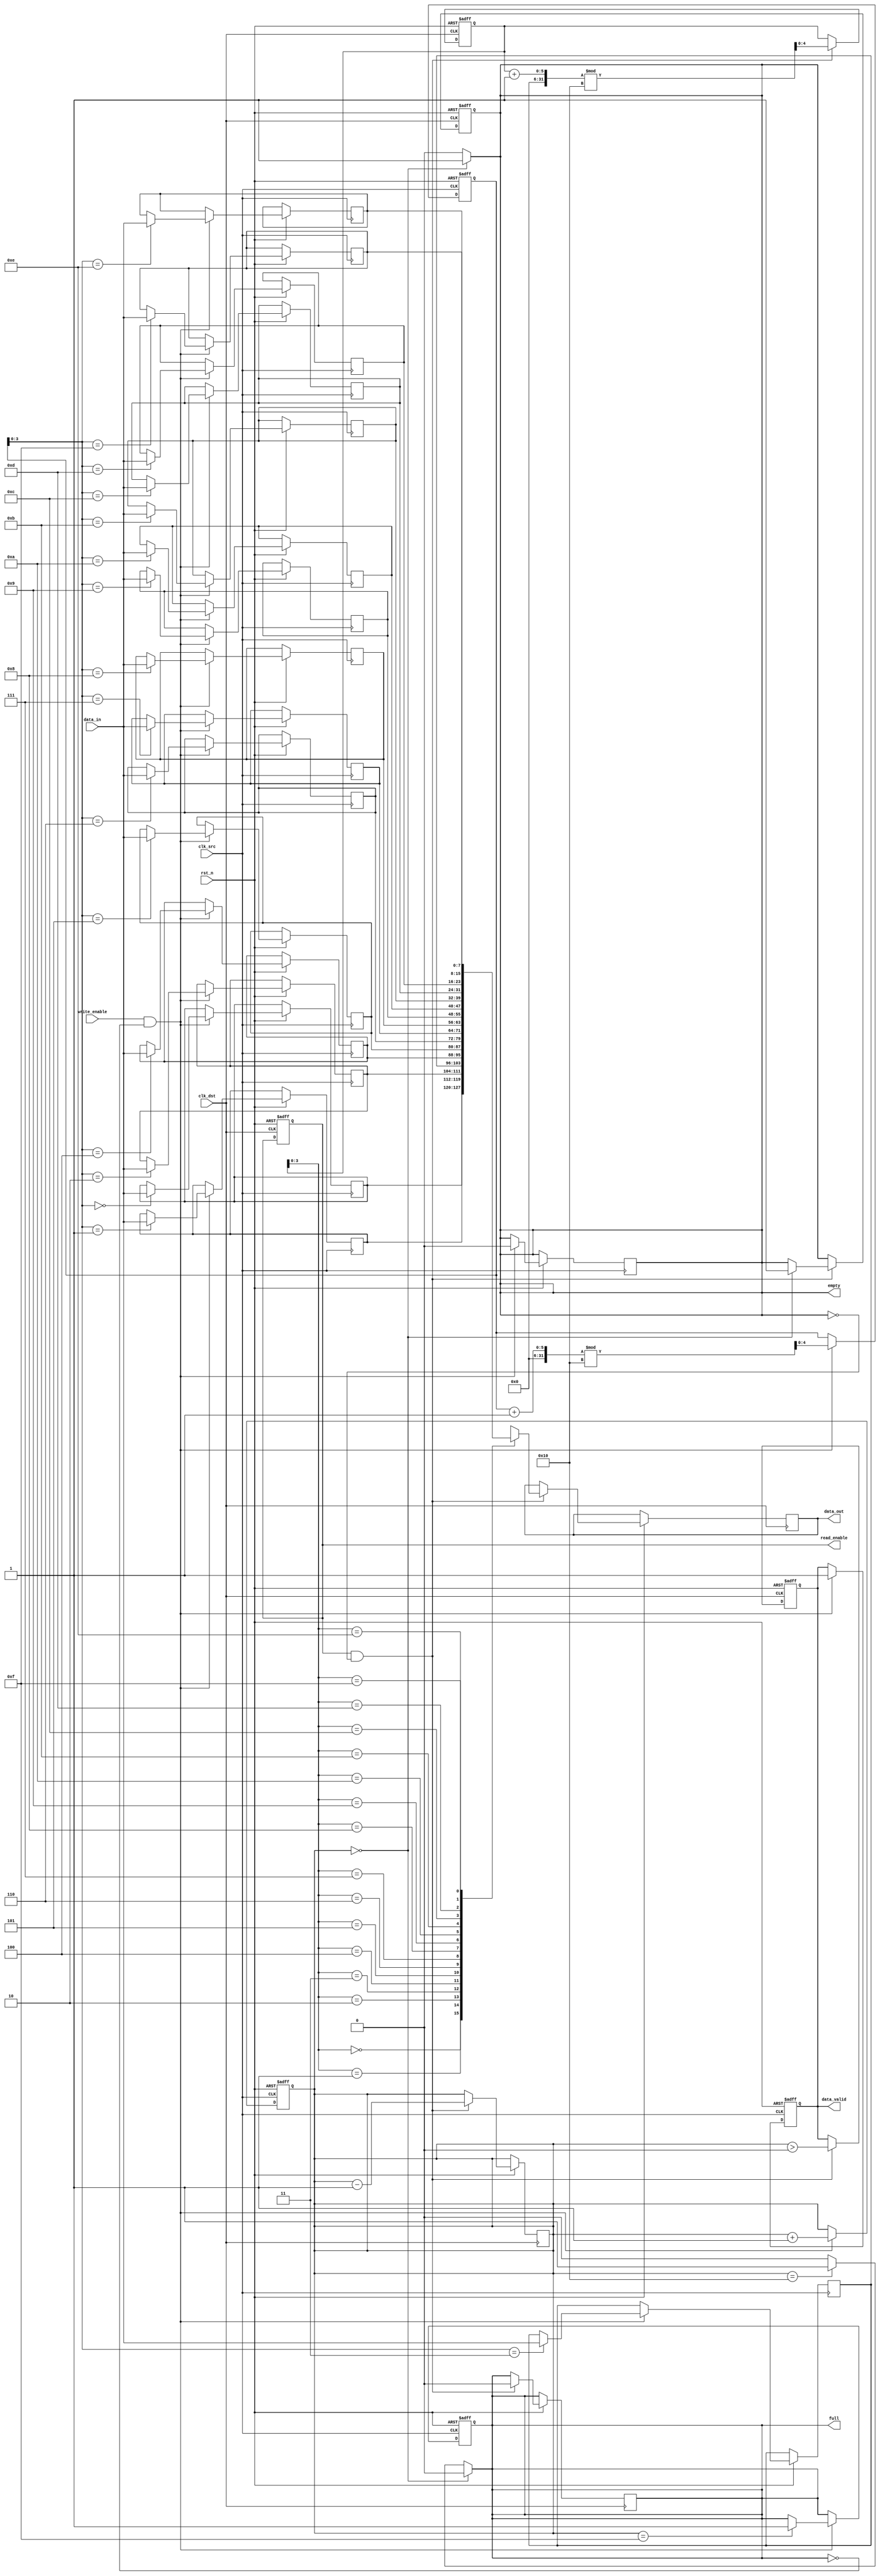
module fifo_synchronizer #(
    parameter DATA_WIDTH = 8,  // Width of the data
    parameter FIFO_DEPTH = 16   // Depth of the FIFO
)(
    input wire clk_src,          // Source clock
    input wire clk_dst,          // Destination clock
    input wire rst_n,            // Active low reset
    input wire [DATA_WIDTH-1:0] data_in, // Data input
    input wire write_enable,      // Write enable signal
    output reg read_enable,       // Read enable signal
    output reg [DATA_WIDTH-1:0] data_out, // Data output
    output reg full,              // FIFO full flag
    output reg empty,             // FIFO empty flag
    output reg data_valid         // Data valid signal
);

    // FIFO memory
    reg [DATA_WIDTH-1:0] fifo_mem[FIFO_DEPTH-1:0];
    reg [4:0] w_ptr; // Write pointer
    reg [4:0] r_ptr; // Read pointer
    reg [4:0] count; // Number of elements in FIFO

    // Write operation
    always @(posedge clk_src or negedge rst_n) begin
        if (!rst_n) begin
            w_ptr <= 0;
            count <= 0;
            full <= 0;
            data_valid <= 0;
        end else if (write_enable && !full) begin
            fifo_mem[w_ptr] <= data_in;
            w_ptr <= (w_ptr + 1) % FIFO_DEPTH;
            count <= count + 1;
            if (count == FIFO_DEPTH - 1)
                full <= 1;
            empty <= 0;
            data_valid <= 1;
        end
    end

    // Read operation
    always @(posedge clk_dst or negedge rst_n) begin
        if (!rst_n) begin
            r_ptr <= 0;
            empty <= 1;
            data_valid <= 0;
            read_enable <= 0;
        end else if (read_enable && !empty) begin
            data_out <= fifo_mem[r_ptr];
            r_ptr <= (r_ptr + 1) % FIFO_DEPTH;
            count <= count - 1;
            if (count == 0)
                empty <= 1;
            full <= 0;
            data_valid <= (count > 0);
        end
    end

    // Generate empty and full flags
    always @(*) begin
        if (count == 0) begin
            empty = 1;
            full = 0;
        end else if (count == FIFO_DEPTH) begin
            full = 1;
            empty = 0;
        end else begin
            empty = 0;
            full = 0;
        end
    end

endmodule